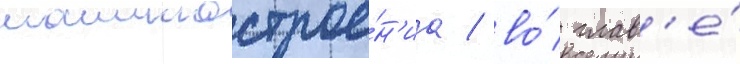
машинострое́н'иа / во́ глав'е́